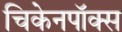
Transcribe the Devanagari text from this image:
चिकेनपॉक्स